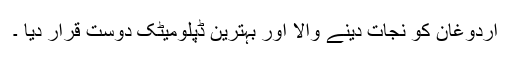
اردوغان کو نجات دینے والا اور بہترین ڈپلومیٹک دوست قرار دیا ۔